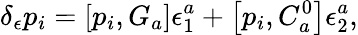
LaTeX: \delta_{\epsilon}p_{i}=\left[p_{i},G_{a}\right]\epsilon_{1}^{a}+\left[p_{i},C_{a}^{0}\right]\epsilon_{2}^{a},